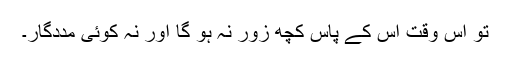
تو اس وقت اس کے پاس کچھ زور نہ ہو گا اور نہ کوئی مددگار۔